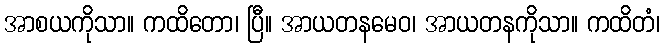
အာစယကိုသာ။ ကထိတော၊ ပြီ။ အာယတနမေဝ၊ အာယတနကိုသာ။ ကထိတံ၊